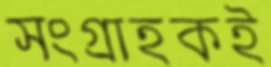
সংগ্রাহকই